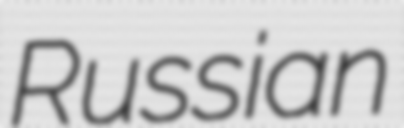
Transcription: Russian